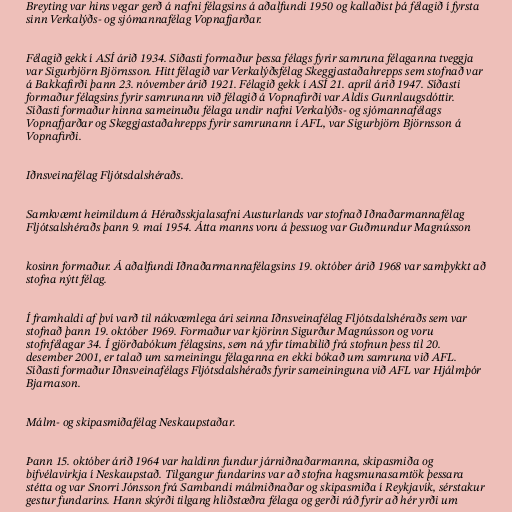
Breyting var hins vegar gerð á nafni félagsins á aðalfundi 1950 og kallaðist þá félagið í fyrsta
sinn Verkalýðs- og sjómannafélag Vopnafjarðar.

Félagið gekk í ASÍ árið 1934. Síðasti formaður þessa félags fyrir samruna félaganna tveggja
var Sigurbjörn Björnsson. Hitt félagið var Verkalýðsfélag Skeggjastaðahrepps sem stofnað var
á Bakkafirði þann 23. nóvember árið 1921. Félagið gekk í ASÍ 21. apríl árið 1947. Síðasti
formaður félagsins fyrir samrunann við félagið á Vopnafirði var Aldís Gunnlaugsdóttir.
Síðasti formaður hinna sameinuðu félaga undir nafni Verkalýðs- og sjómannafélags
Vopnafjarðar og Skeggjastaðahrepps fyrir samrunann í AFL, var Sigurbjörn Björnsson á
Vopnafirði.

Iðnsveinafélag Fljótsdalshéraðs.

Samkvæmt heimildum á Héraðsskjalasafni Austurlands var stofnað Iðnaðarmannafélag
Fljótsalshéraðs þann 9. maí 1954. Átta manns voru á þessuog var Guðmundur Magnússon

kosinn formaður. Á aðalfundi Iðnaðarmannafélagsins 19. október árið 1968 var samþykkt að
stofna nýtt félag.

Í framhaldi af því varð til nákvæmlega ári seinna Iðnsveinafélag Fljótsdalshéraðs sem var
stofnað þann 19. október 1969. Formaður var kjörinn Sigurður Magnússon og voru
stofnfélagar 34. Í gjörðabókum félagsins, sem ná yfir tímabilið frá stofnun þess til 20.
desember 2001, er talað um sameiningu félaganna en ekki bókað um samruna við AFL.
Síðasti formaður Iðnsveinafélags Fljótsdalshéraðs fyrir sameininguna við AFL var Hjálmþór
Bjarnason.

Málm- og skipasmiðafélag Neskaupstaðar.

Þann 15. október árið 1964 var haldinn fundur járniðnaðarmanna, skipasmiða og
bifvélavirkja í Neskaupstað. Tilgangur fundarins var að stofna hagsmunasamtök þessara
stétta og var Snorri Jónsson frá Sambandi málmiðnaðar og skipasmiða í Reykjavík, sérstakur
gestur fundarins. Hann skýrði tilgang hliðstæðra félaga og gerði ráð fyrir að hér yrði um